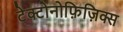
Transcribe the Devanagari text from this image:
टेक्टोनोफ़िज़िक्स